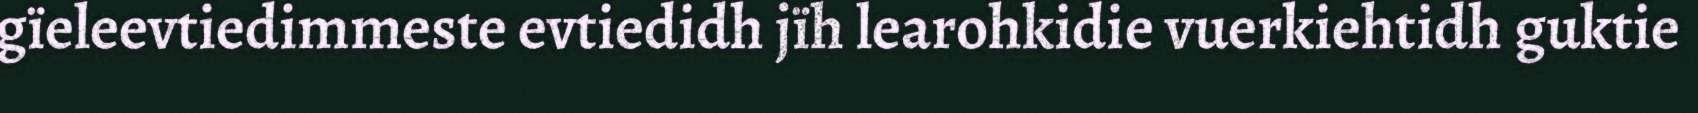
gïeleevtiedimmeste evtiedidh jïh learohkidie vuerkiehtidh guktie